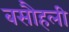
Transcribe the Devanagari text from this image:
बसौहली